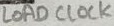
Text: LOAD CLOCK